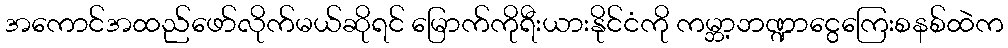
အကောင်အထည်ဖော်လိုက်မယ်ဆိုရင် မြောက်ကိုရီးယားနိုင်ငံကို ကမ္ဘာ့ဘဏ္ဍာငွေကြေးစနစ်ထဲက